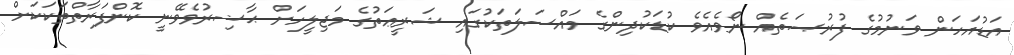
އަޑުއަހަން ވަނުމުގެ ފުރުޞަތެއް ނޯވެއެވެ ކުޑަކުދިންގެ މައްސަލަތަކުގައި ޝަރީޢަތުގެ މަޖިލީހަށް ޙާޟިރުވެވޭނީ ކޮންފަރާތްތަކަކަށް